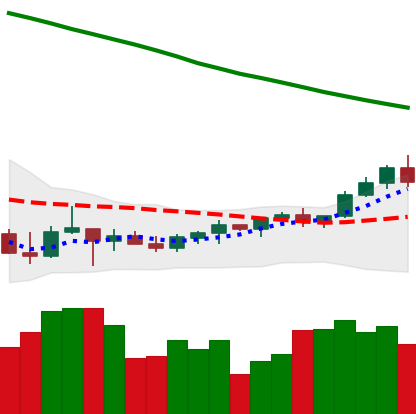
Ticker: TRX-USD
Chart end date: 2022-03-25
Forward return: 13.373%
Label: up_7plus